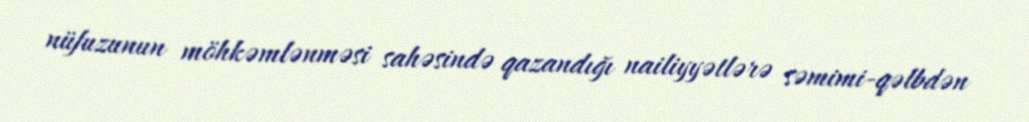
nüfuzunun möhkəmlənməsi sahəsində qazandığı nailiyyətlərə səmimi-qəlbdən